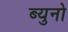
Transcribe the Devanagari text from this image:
ब्युनो